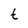
Character: t